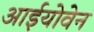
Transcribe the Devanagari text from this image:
आईयोवेन